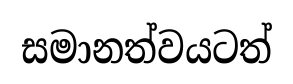
සමානත්වයටත්